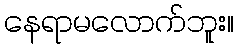
နေရာမလောက်ဘူး။